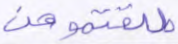
طلقتموهن